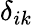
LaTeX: \delta_{ik}